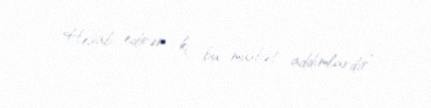
Hesab edirəm ki, bu müsbət addımlardır”.